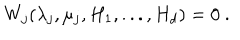
W _ { j } ( \lambda _ { j } , \mu _ { j } , H _ { 1 } , . . . , H _ { d } ) = 0 ~ .